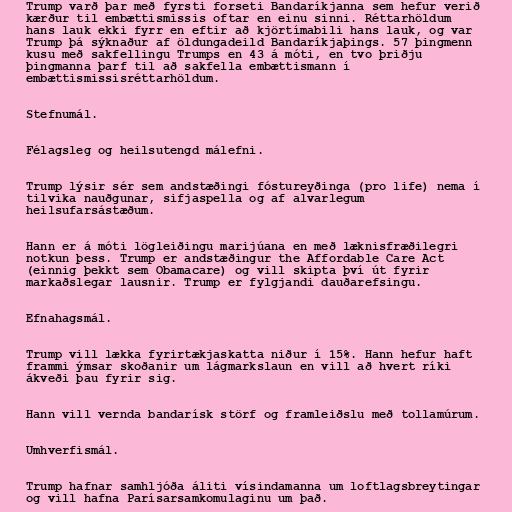
Trump varð þar með fyrsti forseti Bandaríkjanna sem hefur verið
kærður til embættismissis oftar en einu sinni. Réttarhöldum
hans lauk ekki fyrr en eftir að kjörtímabili hans lauk, og var
Trump þá sýknaður af öldungadeild Bandaríkjaþings. 57 þingmenn
kusu með sakfellingu Trumps en 43 á móti, en tvo þriðju
þingmanna þarf til að sakfella embættismann í
embættismissisréttarhöldum.

Stefnumál.

Félagsleg og heilsutengd málefni.

Trump lýsir sér sem andstæðingi fóstureyðinga (pro life) nema í
tilvika nauðgunar, sifjaspella og af alvarlegum
heilsufarsástæðum.

Hann er á móti lögleiðingu marijúana en með læknisfræðilegri
notkun þess. Trump er andstæðingur the Affordable Care Act
(einnig þekkt sem Obamacare) og vill skipta því út fyrir
markaðslegar lausnir. Trump er fylgjandi dauðarefsingu.

Efnahagsmál.

Trump vill lækka fyrirtækjaskatta niður í 15%. Hann hefur haft
frammi ýmsar skoðanir um lágmarkslaun en vill að hvert ríki
ákveði þau fyrir sig.

Hann vill vernda bandarísk störf og framleiðslu með tollamúrum.

Umhverfismál.

Trump hafnar samhljóða áliti vísindamanna um loftlagsbreytingar
og vill hafna Parísarsamkomulaginu um það.